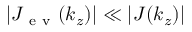
| J _ { \mathrm { ~ e ~ v ~ } } ( k _ { z } ) | \ll | J ( k _ { z } ) |